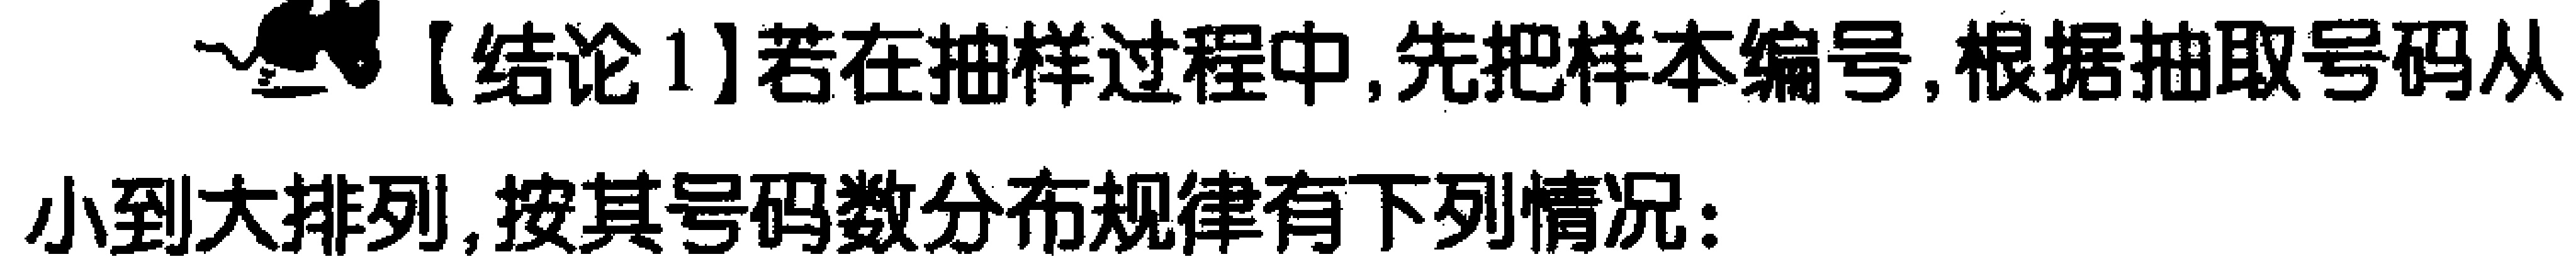
【结论1】若在抽样过程中,先把样本编号,根据抽取号码从小到大排列,按其号码数分布规律有下列情况: